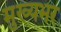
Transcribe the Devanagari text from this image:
मुख्यभर